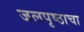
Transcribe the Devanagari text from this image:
जलपृष्ठाचा